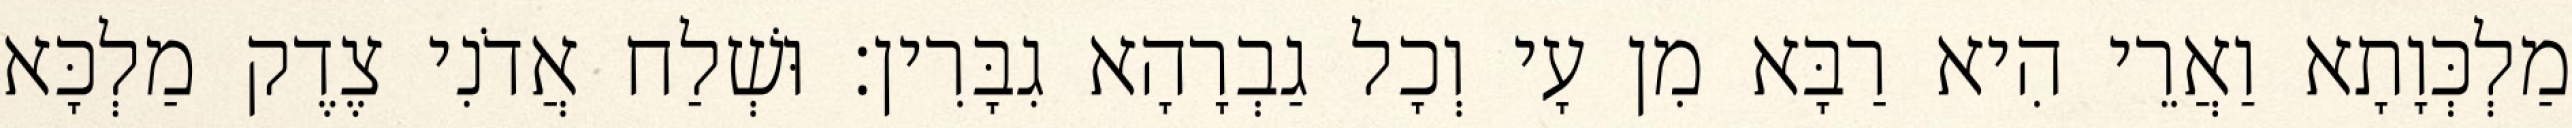
מַלְכְּוָתָא וַאֲרֵי הִיא רַבָּא מִן עָי וְכָל גַבְרָהָא גִבָּרִין׃ וּשְׁלַח אֲדֹנִי צֶדֶק מַלְכָּא